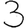
Digit: 3